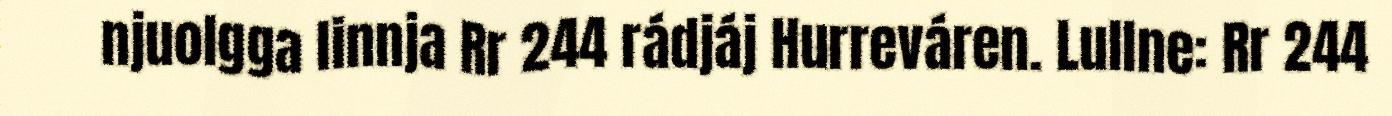
njuolgga linnja Rr 244 rádjáj Hurreváren. Lullne: Rr 244